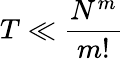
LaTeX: T\ll\frac{N^{m}}{m!}